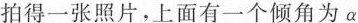
拍得一张照片，上面有一个倾角为α